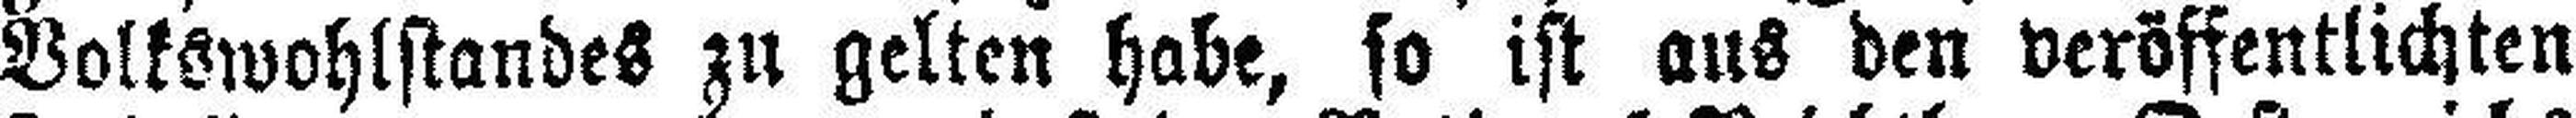
Volkswohlstandes zu gelten habe, so ist aus den veröffentlichten